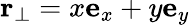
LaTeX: \mathbf{r}_{\perp}=x\mathbf{e}_{x}+y\mathbf{e}_{y}